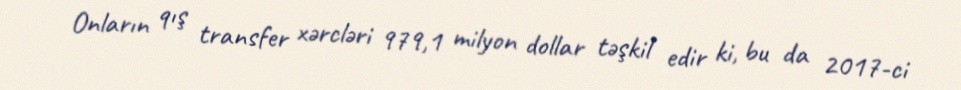
Onların qış transfer xərcləri 979,1 milyon dollar təşkil edir ki, bu da 2017-ci